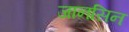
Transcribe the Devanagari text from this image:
जानसिन